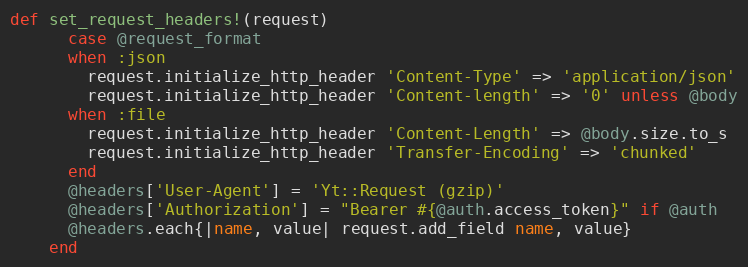
Language: Ruby
def set_request_headers!(request)
      case @request_format
      when :json
        request.initialize_http_header 'Content-Type' => 'application/json'
        request.initialize_http_header 'Content-length' => '0' unless @body
      when :file
        request.initialize_http_header 'Content-Length' => @body.size.to_s
        request.initialize_http_header 'Transfer-Encoding' => 'chunked'
      end
      @headers['User-Agent'] = 'Yt::Request (gzip)'
      @headers['Authorization'] = "Bearer #{@auth.access_token}" if @auth
      @headers.each{|name, value| request.add_field name, value}
    end